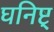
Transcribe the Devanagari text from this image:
घनिष्ट्